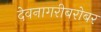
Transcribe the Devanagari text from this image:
देवनागरीबरोबर